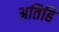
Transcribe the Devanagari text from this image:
अतिहि